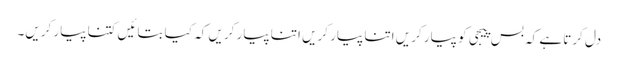
دل کرتا ہے کہ بس پیجی کو پیار کریں اتنا پیار کریں اتنا پیار کریں کہ کیا بتائیں کتنا پیار کریں۔